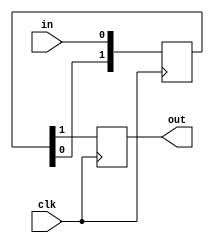
`default_nettype none

module delay_line #(
    parameter DELAY = 2
    )
    (
    input   in,
    input   clk,

    output  reg out
    );

    reg [DELAY-1:0] shift;

    always @(posedge clk) begin
        shift[DELAY-1:1] <= shift[DELAY-2:0];
        shift[0] <= in;
        out <= shift[DELAY-1];
    end

endmodule